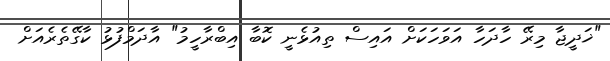
"ޚަދީޖާ މިރޭ ހާދަހާ އަވަހަކަށް އައިސް ތިއުޅެނީ ކޮބާ އިބްރާހީމު" އާދަމްފުޅު ކާގޭތެރެއަށް